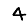
Digit: 4